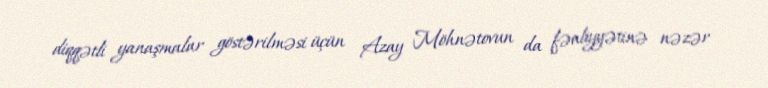
diqqətli yanaşmalar göstərilməsi üçün Azay Möhnətovun da fəaliyyətinə nəzər